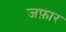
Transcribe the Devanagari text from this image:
जफ़ार